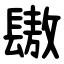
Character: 䦋